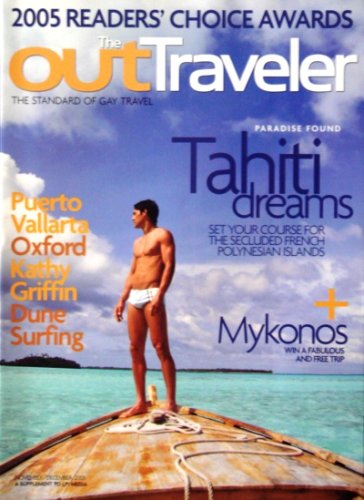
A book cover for OUT Traveler ~ Tahiti ~ Mykonos ~ Oxford (Nov/Dec 2005, Issue 11); Travel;